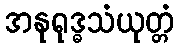
အနုရုဒ္ဓသံယုတ္တံ